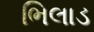
ભિલાડ